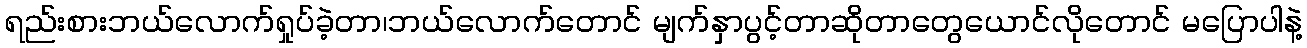
ရည်းစားဘယ်လောက်ရှုပ်ခဲ့တာ၊ဘယ်လောက်တောင် မျက်နှာပွင့်တာဆိုတာတွေယောင်လိုတောင် မပြောပါနဲ့